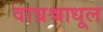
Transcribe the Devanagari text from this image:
वाघ्रश्चाधूल